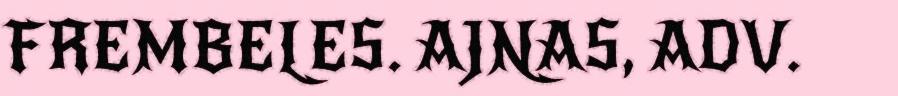
FREMBELES. AJNAS, ADV.